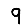
Digit: 9